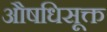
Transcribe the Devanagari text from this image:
औषधिसूक्त